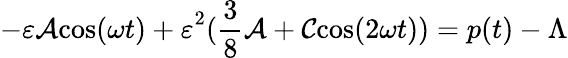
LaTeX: {-\varepsilon{\cal A}\mathrm{c}\mathrm{o}\mathrm{s}(\omega t)+\varepsilon}^{2}({\frac{3}{8}}{\cal A}+{\cal C}\mathrm{c}\mathrm{o}\mathrm{s}(2\omega t))=p(t)-\Lambda